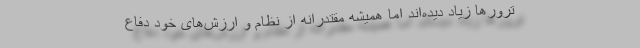
ترورها زیاد دیده‌اند اما همیشه مقتدرانه از نظام و ارزش‌های خود دفاع